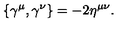
\{ \gamma ^ { \mu } , \gamma ^ { \nu } \} = - 2 \eta ^ { \mu \nu } .